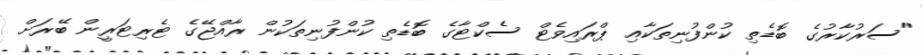
"ސަރުކާރުގެ ބޮޑެތި ކުންފުނިތަކާއި ޕްރައިވެޓް ސެކްޓާގެ ބޮޑެތި ކުންފުނިތަކުން ރާއްޖޭގެ ޓެރިޓަރީން ބޭރަށް